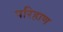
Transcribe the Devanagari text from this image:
परिहाण